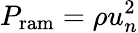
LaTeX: P_{\mathrm{ram}}=\rho u_{n}^{2}